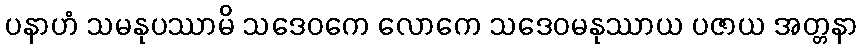
ပနာဟံ သမနုပဿာမိ သဒေဝကေ လောကေ သဒေဝမနုဿာယ ပဇာယ အတ္တနာ